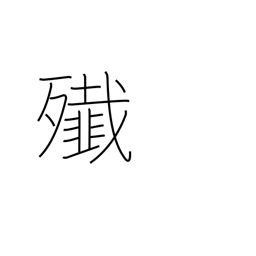
Meaning: massacre